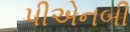
પીએનબી